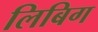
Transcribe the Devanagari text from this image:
लिबिग